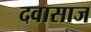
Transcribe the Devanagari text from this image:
दवासाज